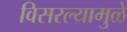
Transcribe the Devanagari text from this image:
विसरल्यामुळे